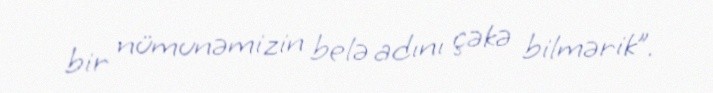
bir nümunəmizin belə adını çəkə bilmərik”.